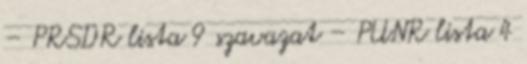
– PRSDR lista 9 szavazat – PUNR lista 4